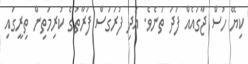
ކިޔޭ ހުސް ޖާގައެއް ފަދަ ތަނެވެ. އަދި ފުރަގަސް ފަރާތުގެ ކުރިމަތިން ތިރީގައި